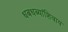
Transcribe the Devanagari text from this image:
धबधब्यांशिवाय